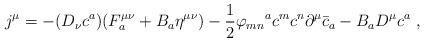
LaTeX: \begin{align*}j^{\mu} = -(D_{\nu}c^{a})(F_{a}^{\mu \nu} + B_{a}\eta^{\mu \nu}) - \frac{1}{2} {\varphi_{m n}}^{a} c^{m}c^{n}\partial^{\mu}{\bar{c}}_{a} - B_{a} D^{\mu} c^{a}~,\end{align*}